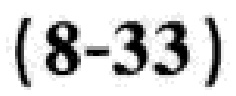
\((8 - 33)\)